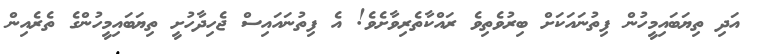
އަދި ތިޔަބައިމީހުން ފިތުނައަކަށް ބިރުވެތިވެ ރައްކާތެރިވާށެވެ! އެ ފިތުނައައިސް ޖެހިދާހުށީ ތިޔަބައިމީހުންގެ ތެރެއިން